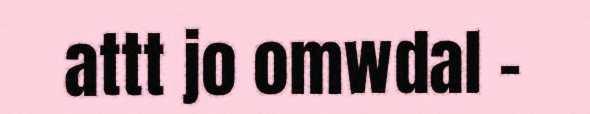
attt jo omwdal -